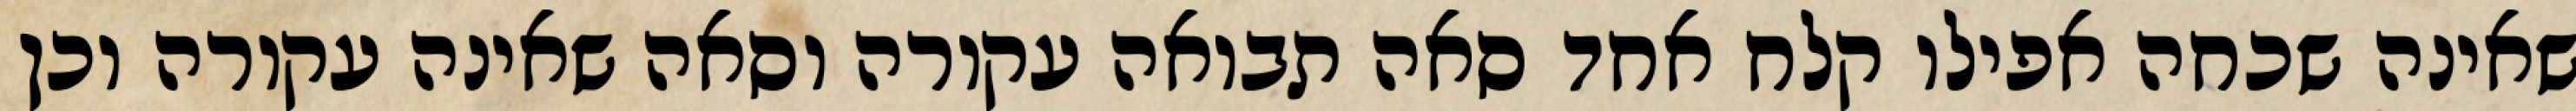
שאינה שכחה אפילו קלח אחד סאה תבואה עקורה וסאה שאינה עקורה וכן